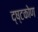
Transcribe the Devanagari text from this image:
द्ष्टकोण